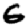
Digit: 6